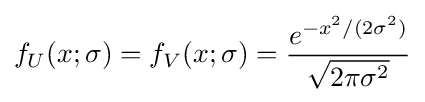
f_{U}(x;\sigma )=f_{V}(x;\sigma )={\frac {e^{-x^{2}/(2\sigma ^{2})}}{\sqrt {2\pi \sigma ^{2}}}}